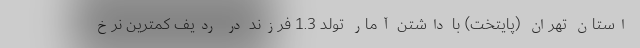
استان تهران (پایتخت) با داشتن آمار تولد 1.3 فرزند در ردیف کمترین نرخ